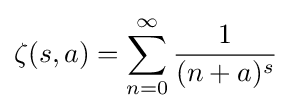
\zeta (s,a)=\sum _{n=0}^{\infty }{\frac {1}{(n+a)^{s}}}